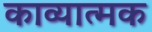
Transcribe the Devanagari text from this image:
काव्‍यात्‍मक